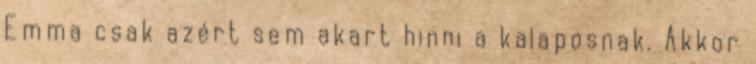
Emma csak azért sem akart hinni a kalaposnak. Akkor